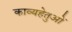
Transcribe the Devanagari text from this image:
काव्यहेतुओं